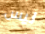
ليس